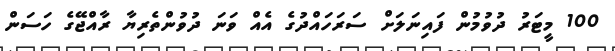
100 މީޓަރު ދުވުމުން ފައިނަލަށް ސަރަހައްދުގެ އެއް ވަނަ ދުވުންތެރިޔާ ރާއްޖޭގެ ހަސަން